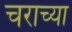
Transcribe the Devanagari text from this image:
चराच्या